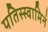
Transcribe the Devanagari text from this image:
पतिस्स्वामिनं